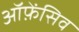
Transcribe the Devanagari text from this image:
ऑफ़ेंसिव